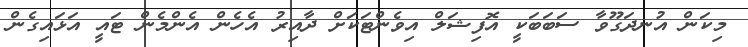
މިކަން އުނދަގޫވާ ސަބަބަކީ އޮފިޝަލް އިވެންޓަކަށް ދާއިރު އެހެން އެންމެން ޓައީ އަޅައިގެން